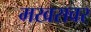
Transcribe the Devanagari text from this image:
मखरावर